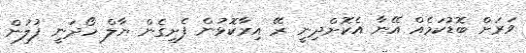
ވަރަށް ބޮޑުކަމެއް އޭނާ އެކޮށްދިނީ ރޭ އިރާކޮޅުން ފެށިގެން ޔާލް ހޯދަނީ ފުލުން